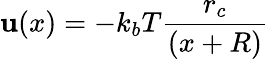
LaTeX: \mathbf{u}(x)=-k_{b}T\frac{{r_{c}}}{{(x+R)}}